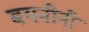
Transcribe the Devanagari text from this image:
बयनीनी